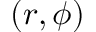
( r , \phi )